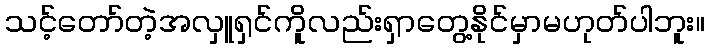
သင့်တော်တဲ့အလှူရှင်ကိူလည်းရှာတွေ့နိုင်မှာမဟုတ်ပါဘူး။